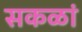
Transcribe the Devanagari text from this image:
सकळां